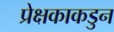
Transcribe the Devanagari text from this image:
प्रेक्षकाकडुन